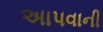
અાપવાની